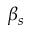
\beta _ { s }